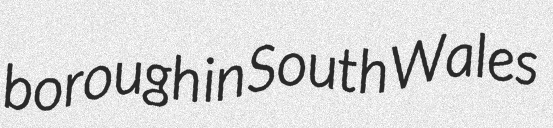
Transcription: borough in South Wales